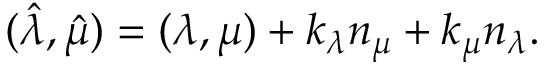
( \hat { \lambda } , \hat { \mu } ) = ( \lambda , \mu ) + k _ { \lambda } n _ { \mu } + k _ { \mu } n _ { \lambda } .